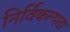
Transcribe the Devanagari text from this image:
निर्विकल्पता